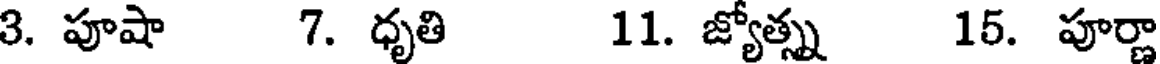
3. పూషా 7. ధృతి 11. జ్యోత్స్న 15. పూర్ణా